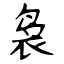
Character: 袅